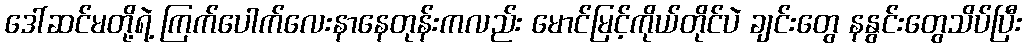
ဒေါ်ဆင်မတို့ရဲ့ ကြက်ပေါက်လေးနာနေတုန်းကလည်း မောင်မြင့်ကိုယ်တိုင်ပဲ ချင်းတွေ နနွင်းတွေသိပ်ပြီး